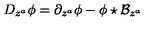
D _ { z ^ { a } } \phi = \partial _ { z ^ { a } } \phi - \phi \star \mathcal { B } _ { z ^ { a } }